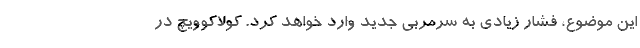
این موضوع، فشار زیادی به سرمربی جدید وارد خواهد کرد. کولاکوویچ در